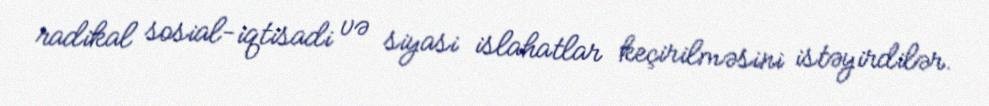
radikal sosial-iqtisadi və siyasi islahatlar keçirilməsini istəyirdilər.